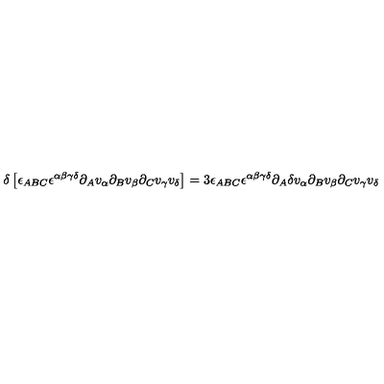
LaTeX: \delta \left[ \epsilon _ { A B C } \epsilon ^ { \alpha \beta \gamma \delta } \partial _ { A } v _ { \alpha } \partial _ { B } v _ { \beta } \partial _ { C } v _ { \gamma } v _ { \delta } \right] = 3 \epsilon _ { A B C } \epsilon ^ { \alpha \beta \gamma \delta } \partial _ { A } \delta v _ { \alpha } \partial _ { B } v _ { \beta } \partial _ { C } v _ { \gamma } v _ { \delta }